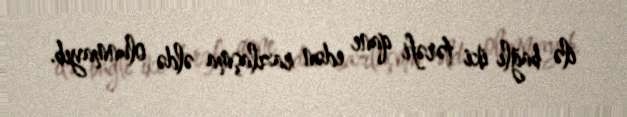
ilə bağlı iki tərəfi qane edən razılaşma əldə olunmayıb.